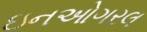
ઇનઓગરલ